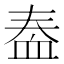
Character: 𫋫